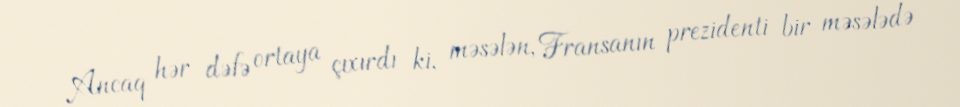
Ancaq hər dəfə ortaya çıxırdı ki, məsələn, Fransanın prezidenti bir məsələdə